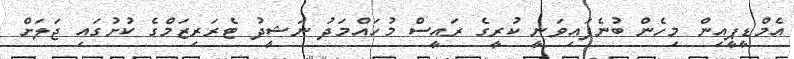
އެމްޑީޕީއިން މިހެން ބުނެފައިވަނީ ކުރީގެ ރައީސް މުހައްމަދު ނަޝީދު ޓެރަރިޒަމްގެ ކުށުގައި ޖަލަށް